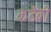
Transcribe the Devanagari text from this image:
कडैबी